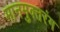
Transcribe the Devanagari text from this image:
मानमुक्तरंग